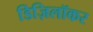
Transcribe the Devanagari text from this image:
डिज़िलॉकर